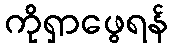
ကိုရှာဖွေရန်